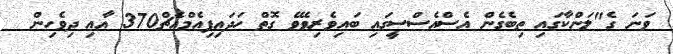
ވަނަ ގެ"ލަންކާގައި ތިބެގެން އެސްއެސްސީގައި ބައިވެރިވެވޭ ގޮތް ހަދައިފިއެމްއެޗް370 އާއި ދިވެހިން